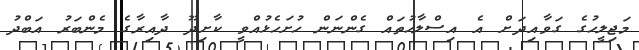
މަޖިލީހުގެ ގަވާއިދަށް އެ އިސްލާހުތައް ގެންނަން ހުށަހެޅުއްވީ ކާށިދޫ ދާއިރާގެ މެންބަރު އަބްދު